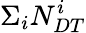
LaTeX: \Sigma_{i}N_{DT}^{i}